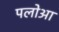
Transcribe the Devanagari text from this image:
पलोआ